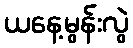
ယနေ့မွန်းလွဲ